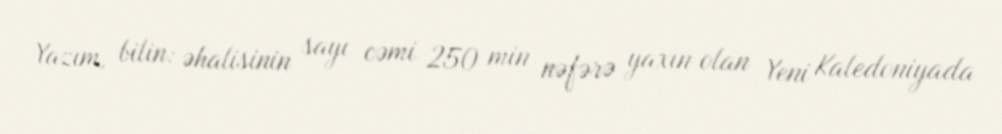
Yazım, bilin: əhalisinin sayı cəmi 250 min nəfərə yaxın olan Yeni Kaledoniyada